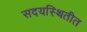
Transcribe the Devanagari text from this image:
सदयस्थितीत